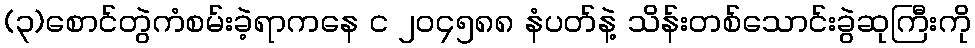
(၃)စောင်တွဲကံစမ်းခဲ့ရာကနေ င ၂၀၄၅၈၈ နံပတ်နဲ့ သိန်းတစ်သောင်းခွဲဆုကြီးကို